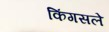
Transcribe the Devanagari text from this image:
किंगसले